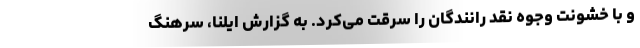
و با خشونت وجوه نقد رانندگان را سرقت می‌کرد. به گزارش ایلنا، سرهنگ